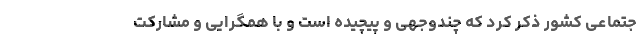
جتماعی کشور ذکر کرد که چندوجهی و پیچیده است و با همگرایی و مشارکت